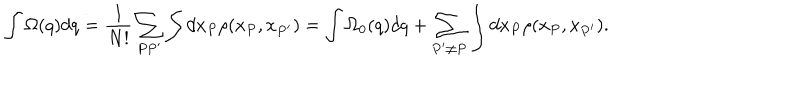
\int \Omega ( q ) d q = \frac 1 { N ! } \sum _ { P P ^ { \prime } } \int d x _ { P } \rho ( x _ { P } , x _ { P ^ { \prime } } ) = \int \Omega _ { 0 } ( q ) d q + \sum _ { P ^ { \prime } \neq P } \int d x _ { P } \rho ( x _ { P } , x _ { P ^ { \prime } } ) .